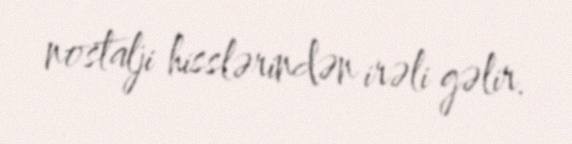
nostalji hisslərindən irəli gəlir.